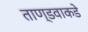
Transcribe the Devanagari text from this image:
ताण्डवाकडे